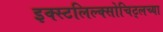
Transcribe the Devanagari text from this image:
इक्स्टलिल्क्सोचिट्लच्या